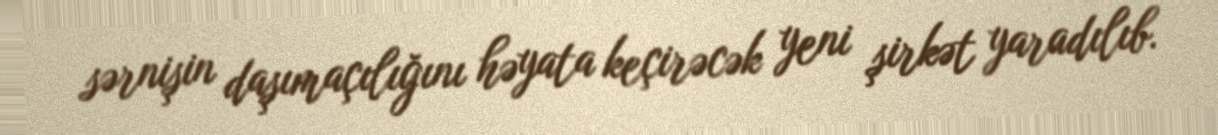
sərnişin daşımaçılığını həyata keçirəcək yeni şirkət yaradılıb.